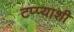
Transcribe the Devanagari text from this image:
टप्प्याशी